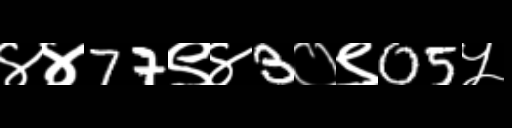
Text: ४४77९४3०९05५